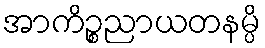
အာကိဉ္စညာယတနမ္ပိ